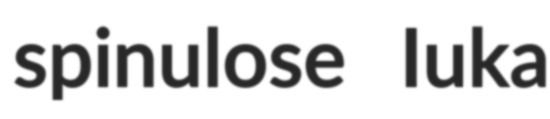
spinulose Iuka